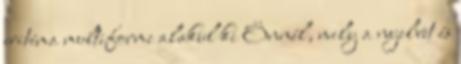
eritéma multiforme alakul ki Önnél, mely a nyelvet és